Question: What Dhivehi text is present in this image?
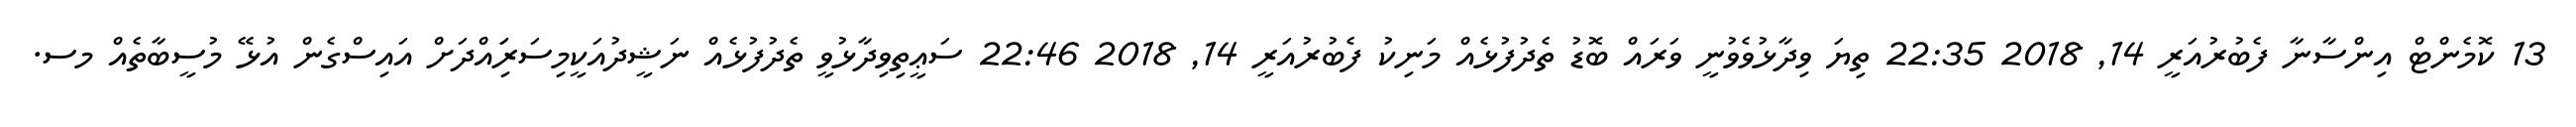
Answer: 13 ކޮމެންޓް އިންސާނާ ފެބުރުއަރީ 14, 2018 22:35 ތިޔަ ވިދާޅުވެވުނީ ވަރައް ބޮޑު ތެދުފުޅެއް މަނިކު ފެބުރުއަރީ 14, 2018 22:46 ސަޢީތިވިދާޅުވީ ތެދުފުޅެއް ނަޝީދުއަކީމިސަރަިައްދަށް އައިސްގެން އުޅޭ މުސީބާތެއް މސ.